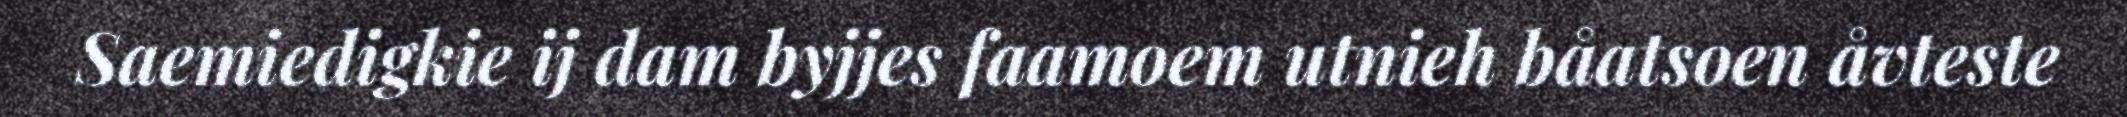
Saemiedigkie ij dam byjjes faamoem utnieh båatsoen åvteste